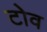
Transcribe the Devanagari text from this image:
टोव